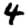
Digit: 4